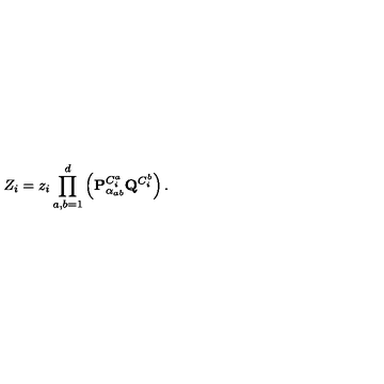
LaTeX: Z _ { i } = z _ { i } \prod _ { a , b = 1 } ^ { d } \left( { \bf P } _ { \alpha _ { a b } } ^ { C _ { i } ^ { a } } { \bf Q } ^ { C _ { i } ^ { b } } \right) .